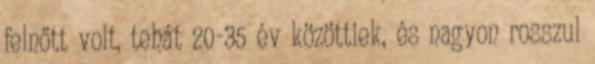
felnőtt volt, tehát 20-35 év közöttiek, és nagyon rosszul